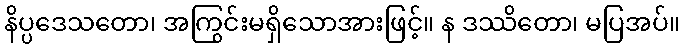
နိပ္ပဒေသတော၊ အကြွင်းမရှိသောအားဖြင့်။ န ဒဿိတော၊ မပြအပ်။